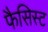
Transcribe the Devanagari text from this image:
फैसिस्ट